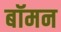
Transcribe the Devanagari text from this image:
बॉमन